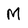
Character: M